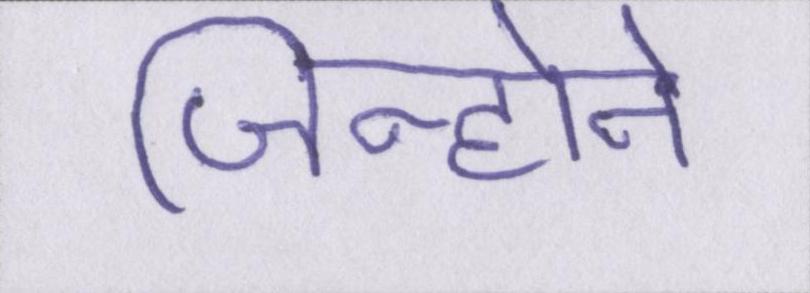
जिन्होने